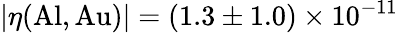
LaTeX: |\eta(\mathrm{Al},\mathrm{Au})|=(1.3\pm 1.0)\times 10^{-11}